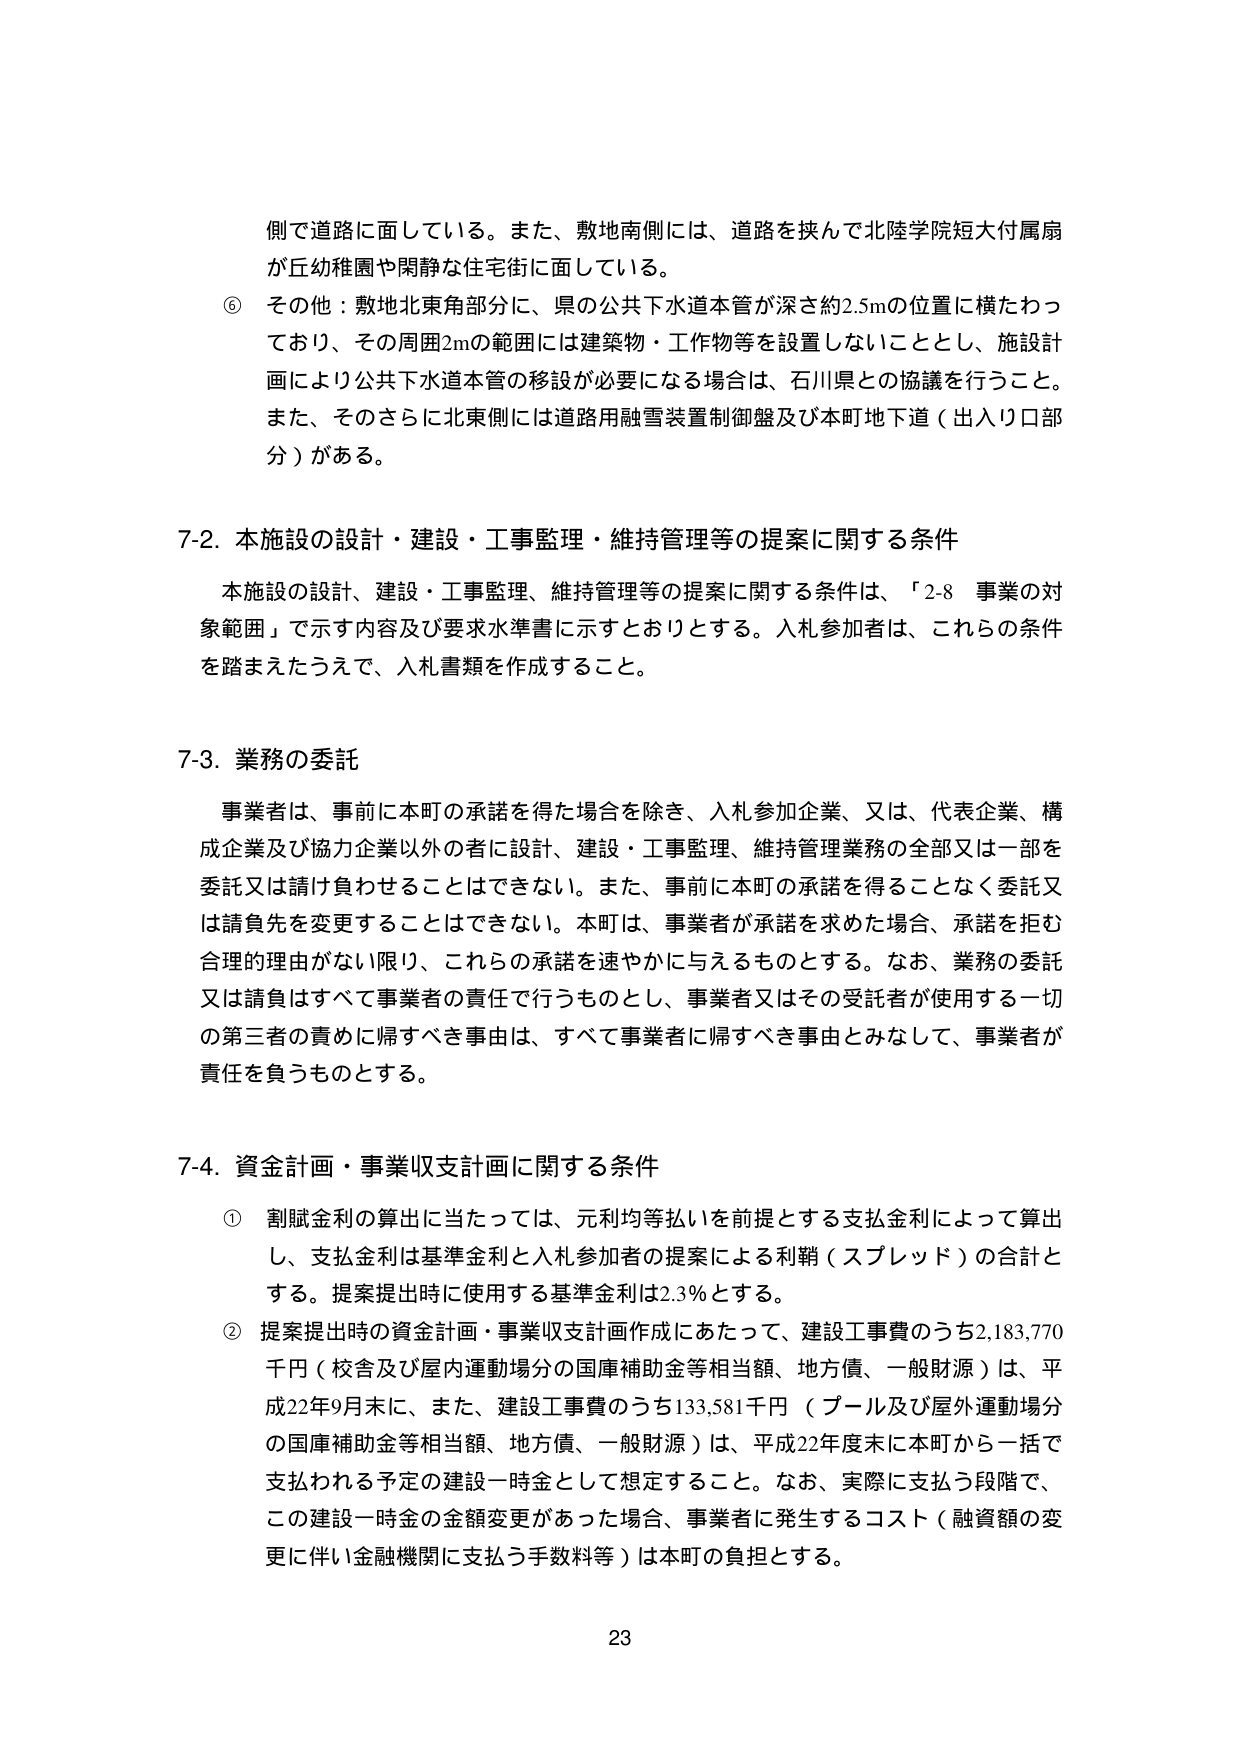
側で道路に面している。また、敷地南側には、道路を挟んで北陸学院短大付属扇が丘幼稚園や閑静な住宅街に面している。

⑥ その他：敷地北東角部分に、県の公共下水道本管が深さ約2.5mの位置に横たわっており、その周囲2mの範囲には建築物・工作物等を設置しないこととし、施設計画により公共下水道本管の移設が必要になる場合は、石川県との協議を行うこと。また、そのさらに北東側には道路用融雪装置制御盤及び本町地下道（出入り口部分）がある。

7-2. 本施設の設計・建設・工事監理・維持管理等の提案に関する条件

本施設の設計、建設・工事監理、維持管理等の提案に関する条件は、「2-8 事業の対象範囲」で示す内容及び要求水準書に示すとおりとする。入札参加者は、これらの条件を踏まえたうえで、入札書類を作成すること。

7-3. 業務の委託

事業者は、事前に本町の承諾を得た場合を除き、入札参加企業、又は、代表企業、構成企業及び協力企業以外の者に設計、建設・工事監理、維持管理業務の全部又は一部を委託又は請け負わせることはできない。また、事前に本町の承諾を得ることなく委託又は請負先を変更することはできない。本町は、事業者が承諾を求めた場合、承諾を拒む合理的理由がない限り、これらの承諾を速やかに与えるものとする。なお、業務の委託又は請負はすべて事業者の責任で行うものとし、事業者又はその受託者が使用する一切の第三者の責めに帰すべき事由は、すべて事業者に帰すべき事由とみなして、事業者が責任を負うものとする。

7-4. 資金計画・事業収支計画に関する条件

① 割賦金利の算出に当たっては、元利均等払いを前提とする支払金利によって算出し、支払金利は基準金利と入札参加者の提案による利鞘（スプレッド）の合計とする。提案提出時に使用する基準金利は2.3％とする。

② 提案提出時の資金計画・事業収支計画作成にあたって、建設工事費のうち2,183,770千円（校舎及び屋内運動場分の国庫補助金等相当額、地方債、一般財源）は、平成22年9月末に、また、建設工事費のうち133,581千円（プール及び屋外運動場分の国庫補助金等相当額、地方債、一般財源）は、平成22年度末に本町から一括で支払われる予定の建設一時金として想定すること。なお、実際に支払う段階で、この建設一時金の金額変更があった場合、事業者に発生するコスト（融資額の変更に伴い金融機関に支払う手数料等）は本町の負担とする。

23